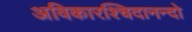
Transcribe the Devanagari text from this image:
अविकारश्चिदानन्दो